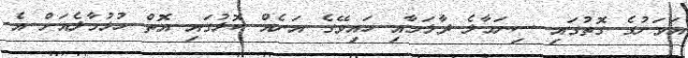
އަވަށުގެ ގޮތުގައި ސިނަމާލެ ދާލަމާއި ހައިވޭގެ އަނެއް ކޮޅުގައި އޮތް ހުޅުމާލެއަށް އެ